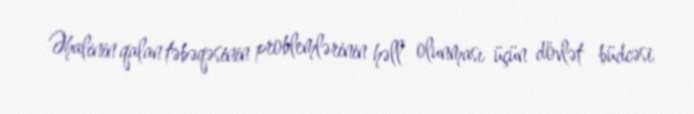
Əhalinin qalan təbəqəsinin problemlərinin həll olunması üçün dövlət büdcəsi